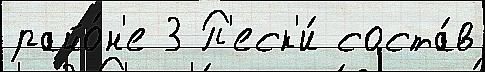
райо́н'е 3 П'еск'и́ соста́в